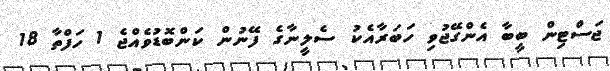
ޖަސްޓިން ބީބާ އެންގޭޖުވި ހަބަރާއެކު ސެލީނާގެ ފޭނުން ކަންބޮޑުވެއްޖެ 1 ހަފްތާ 18